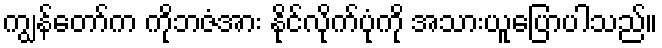
ကျွန်တော်က ကိုဘဇံအား နိုင်လိုက်ပုံကို အသားယူပြောပါသည်။